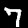
Label: 7